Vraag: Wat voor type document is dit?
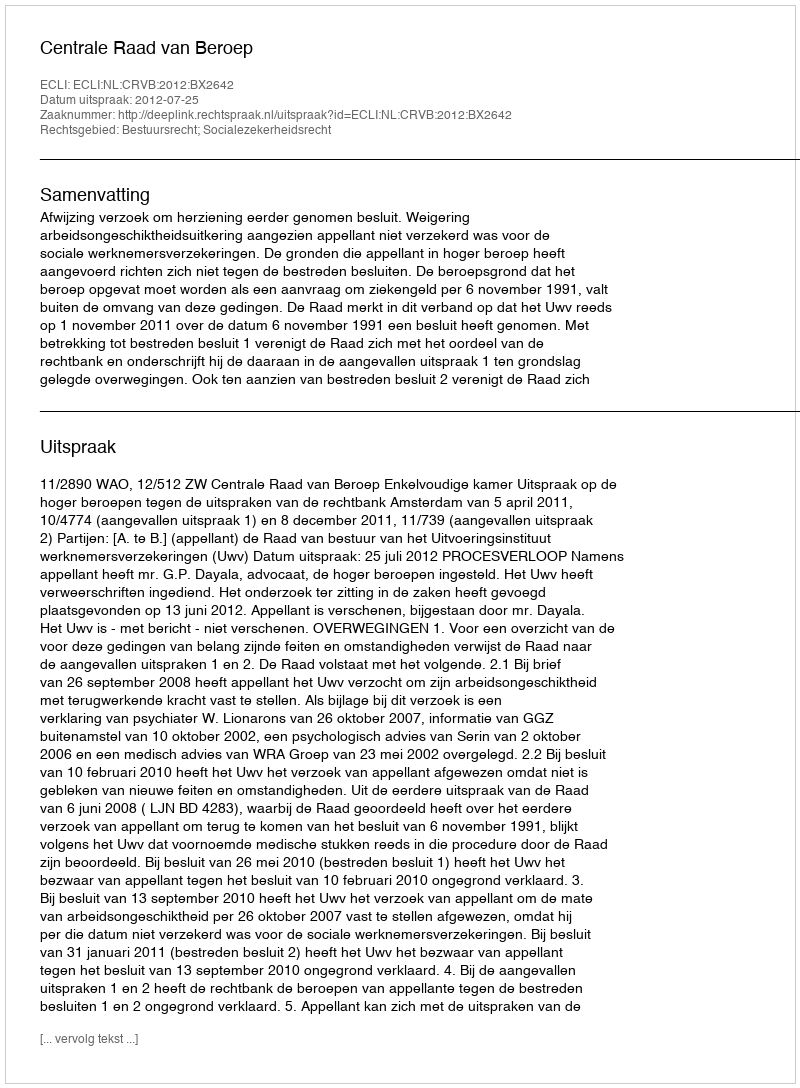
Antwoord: Uitspraak